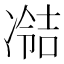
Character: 𫥘